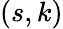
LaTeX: (s,k)